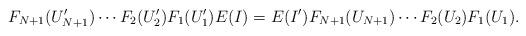
LaTeX: \begin{align*}F_{N+1}(U_{N+1}')\cdots F_2(U_2')F_1(U_1')E(I)=E(I')F_{N+1}(U_{N+1})\cdots F_2(U_2)F_1(U_1).\end{align*}